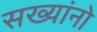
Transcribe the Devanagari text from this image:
सख्यांनो